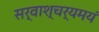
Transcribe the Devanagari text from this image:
सर्वाश्चर्यमयं